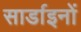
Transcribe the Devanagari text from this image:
सार्डाइनों